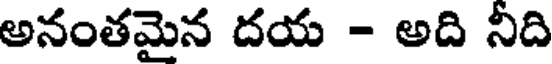
అనంతమైన దయ - అది నీది